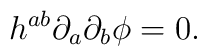
h^{ab}{\partial}_{a}{\partial}_{b}{\phi}=0.